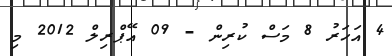
4 އަހަރު 8 މަސް ކުރިން - 09 އޭޕްރިލް 2012 މި